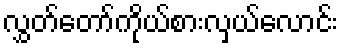
လွှတ်တော်ကိုယ်စားလှယ်လောင်း